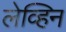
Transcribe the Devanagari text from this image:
लेव्हिन